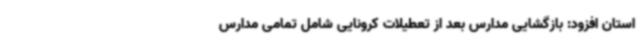
استان افزود: بازگشایی مدارس بعد از تعطیلات کرونایی شامل تمامی مدارس